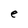
Character: e